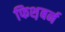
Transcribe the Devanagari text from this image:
फिश़बर्न